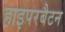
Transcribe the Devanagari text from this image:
हाइपरबैटन